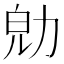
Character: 𠡞